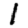
Digit: 1